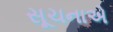
સૂચનાએ